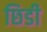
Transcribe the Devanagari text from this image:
छिडी